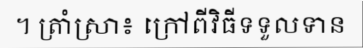
។ ត្រាំស្រា៖ ក្រៅពីវិធីទទួលទាន